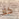
كلا